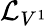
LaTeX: {\mathcal{L}}_{V^{1}}